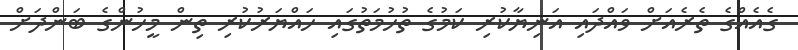
ގެއެއްގެ ތެރެއަށް ވައްދައި އަނިޔާކުރި ކަމުގެ ތުހުމަތުގައި ހައްޔަރުކުރި ތިން މީހުންގެ ބަންދަަށް